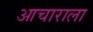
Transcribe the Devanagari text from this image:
आचाराला